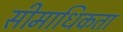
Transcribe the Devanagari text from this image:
सीमाधिकता